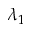
\lambda _ { 1 }